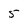
Character: 5